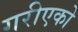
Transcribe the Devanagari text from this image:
गरीएको